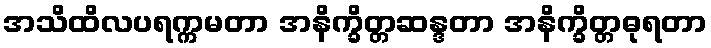
အသိထိလပရက္ကမတာ အနိက္ခိတ္တဆန္ဒတာ အနိက္ခိတ္တဓုရတာ